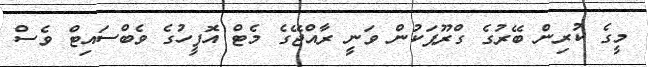
މީގެ ކުރިން ބޭރުގެ ގްރޫޕަކުން ވަނީ ރާއްޖޭގެ މެޓް އޮފީހުގެ ވެބްސައިޓް ވެސް